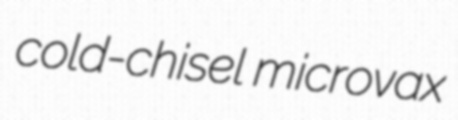
cold-chisel microvax